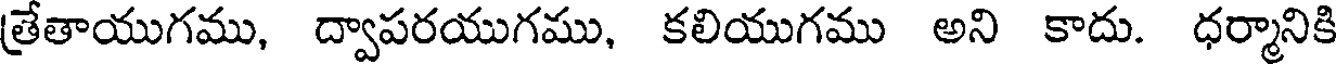
త్రేతాయుగము, ద్వాపరయుగము, కలియుగము అని కాదు. ధర్మానికి